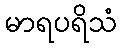
မာရပရိသံ